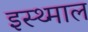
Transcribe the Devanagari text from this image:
इस्थ्माल